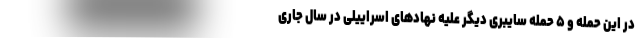
در این حمله و ۵ حمله سایبری دیگر علیه نهادهای اسراییلی در سال جاری